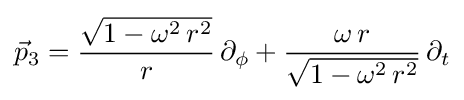
{\vec {p}}_{3}={\frac {\sqrt {1-\omega ^{2}\,r^{2}}}{r}}\,\partial _{\phi }+{\frac {\omega \,r}{\sqrt {1-\omega ^{2}\,r^{2}}}}\,\partial _{t}